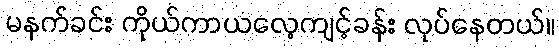
မနက်ခင်း ကိုယ်ကာယလေ့ကျင့်ခန်း လုပ်နေတယ်။